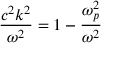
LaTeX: { \frac { c ^ { 2 } k ^ { 2 } } { \omega ^ { 2 } } } = 1 - { \frac { \omega _ { p } ^ { 2 } } { \omega ^ { 2 } } }